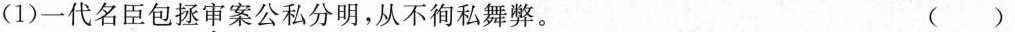
(1)一代名臣包拯审案公私分明，从不徇私舞弊。()